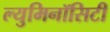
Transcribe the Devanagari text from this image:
ल्युमिनॉसिटी